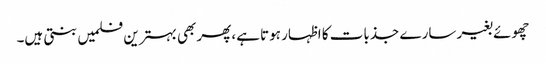
چھوئے بغیر سارے جذبات کا اظہار ہوتا ہے،پھر بھی بہترین فلمیں بنتی ہیں۔